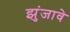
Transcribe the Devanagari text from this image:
झुंजावे